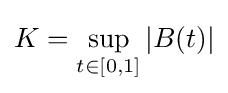
K=\sup _{t\in [0,1]}|B(t)|